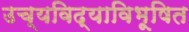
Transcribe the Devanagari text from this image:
उच्यविद्याविभूषित